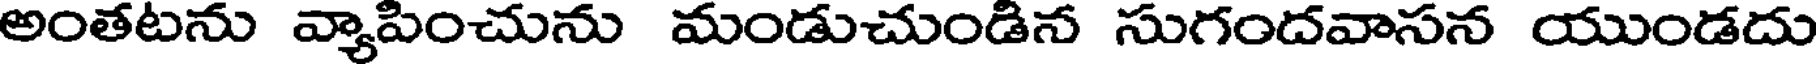
అంతటను వ్యాపించును మండుచుండిన సుగందవాసన యుండదు